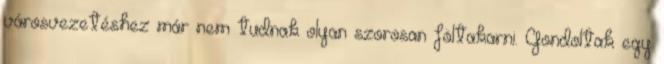
városvezetéshez már nem tudnak olyan szorosan föltakarni. Gondoltak egy